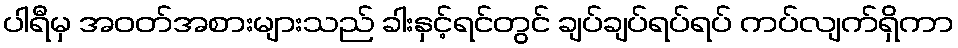
ပါရီမှ အဝတ်အစားများသည် ခါးနှင့်ရင်တွင် ချပ်ချပ်ရပ်ရပ် ကပ်လျက်ရှိကာ